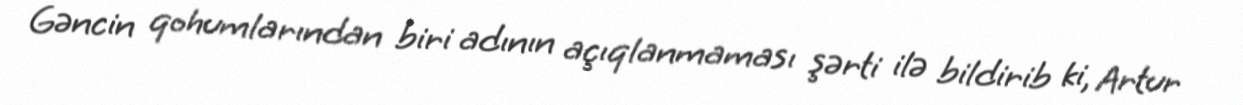
Gəncin qohumlarından biri adının açıqlanmaması şərti ilə bildirib ki, Artur